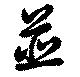
並